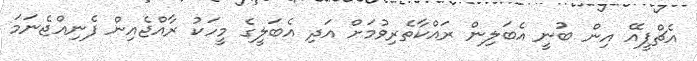
އެޗްޕީއޭ އިން ބުނީ އެބަލިން ރައްކާތެރިވުމަށް އަދި އެބަލީގެ މީހަކު ރާއްޖެއިން ފެނިއްޖެނަމަ